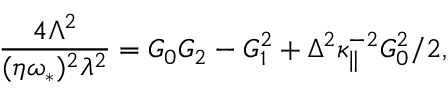
\frac { 4 \Lambda ^ { 2 } } { ( \eta \omega _ { \ast } ) ^ { 2 } \lambda ^ { 2 } } = G _ { 0 } G _ { 2 } - G _ { 1 } ^ { 2 } + \Delta ^ { 2 } \kappa _ { \| } ^ { - 2 } G _ { 0 } ^ { 2 } / 2 ,